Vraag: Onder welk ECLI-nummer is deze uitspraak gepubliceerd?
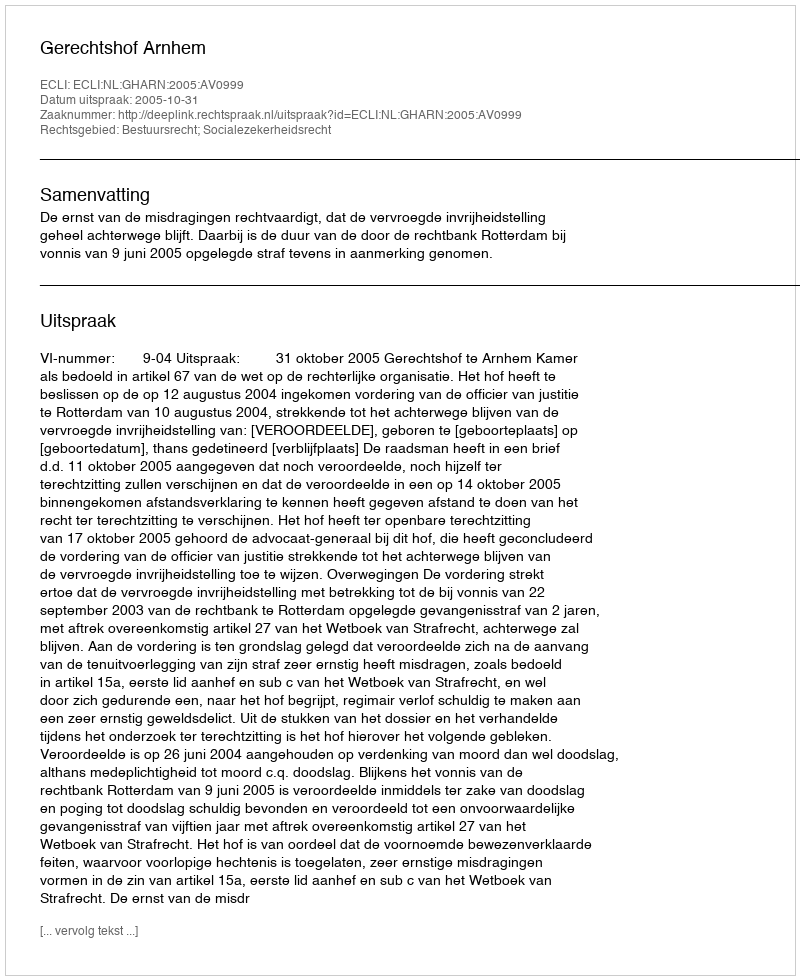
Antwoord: ECLI:NL:GHARN:2005:AV0999